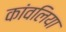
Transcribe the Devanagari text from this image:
कांवलिया